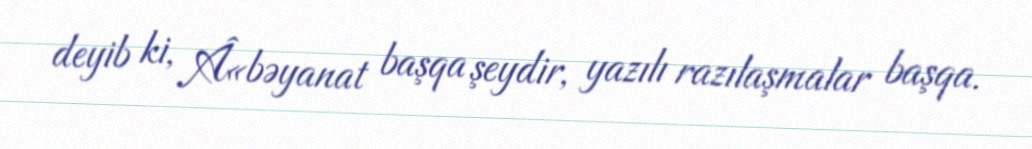
deyib ki, Â«bəyanat başqa şeydir, yazılı razılaşmalar başqa.